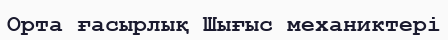
Орта ғасырлық Шығыс механиктері